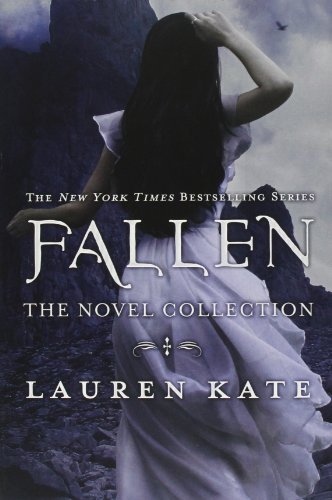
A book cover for The Fallen Series Boxed Set; Lauren Kate; Teen & Young Adult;